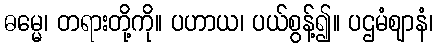
ဓမ္မေ၊ တရားတို့ကို။ ပဟာယ၊ ပယ်စွန့်၍။ ပဌမံဈာနံ၊